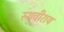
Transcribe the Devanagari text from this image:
स्थवीराय